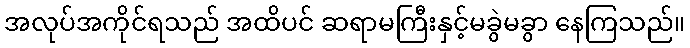
အလုပ်အကိုင်ရသည် အထိပင် ဆရာမကြီးနှင့်မခွဲမခွာ နေကြသည်။